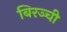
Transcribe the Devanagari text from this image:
बिरञ्ची